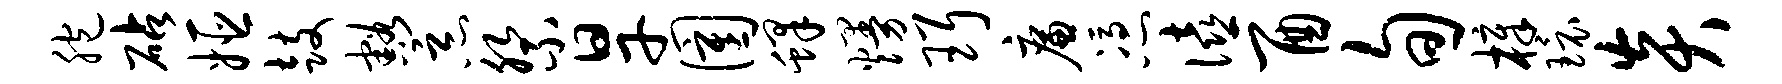
胞砧姬鼓豁恶祭旱圉蜂熳珥廉凭僖酉旬樟环炎